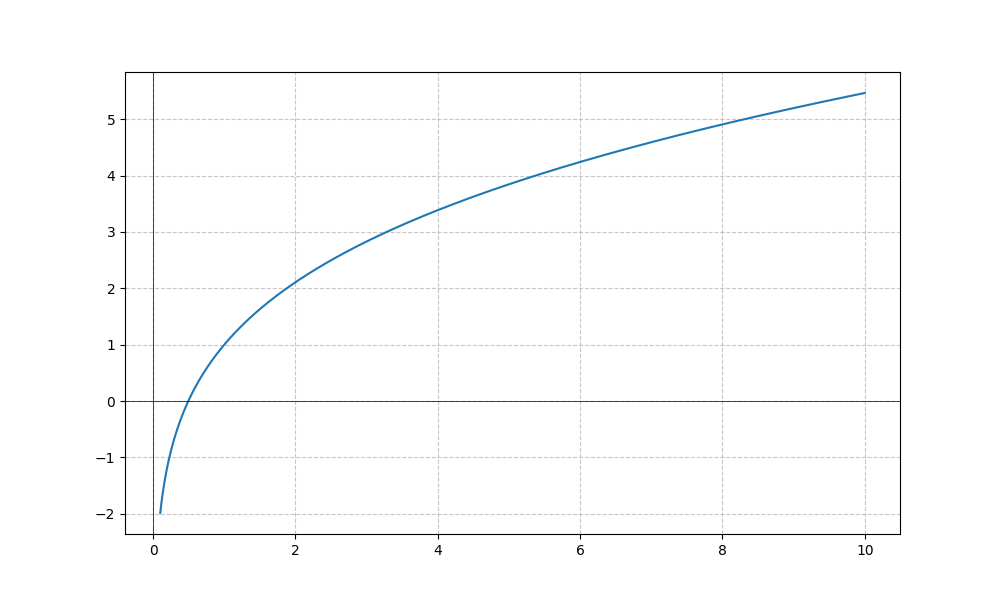
LaTeX formula: \sqrt{x} + \log{\left(x \right)}